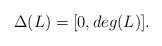
\begin{align*} \Delta(L)=[0,deg(L)].\end{align*}